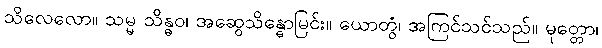
သိလေလော။ သမ္မ သိန္ဓဝ၊ အဆွေသိန္ဓောမြင်း။ ယောတွံ၊ အကြင်သင်သည်။ မုတ္တော၊